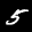
Digit: 5